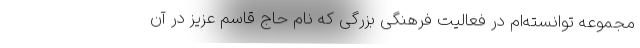
مجموعه توانسته‌ام در فعالیت فرهنگی بزرگی که نام حاج قاسم عزیز در آن